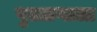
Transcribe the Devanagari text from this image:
पुतळयाला